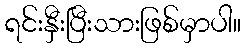
ရင်းနှီးပြီးသားဖြစ်မှာပါ။